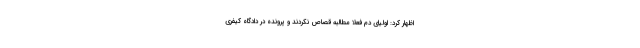
اظهار کرد: اولیای دم فعلا مطالبه قصاص نکردند و پرونده در دادگاه کیفری